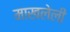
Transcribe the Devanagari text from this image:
माखलेली